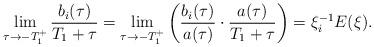
LaTeX: \begin{align*} \lim_{\tau \rightarrow -T_1^+} \frac{b_i(\tau)}{T_1 +\tau} =\lim_{\tau \rightarrow - T_1^+} \left(\frac{b_i(\tau)}{a(\tau)} \cdot \frac{a(\tau)}{T_1 +\tau} \right)=\xi_i^{-1} E(\xi).\end{align*}